Source: Handwritten
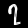
Digit: ၇ (7)